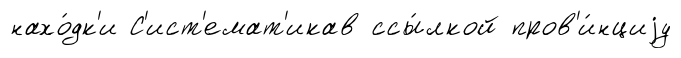
нахо́дк'и С'ист'емат'икав ссы́лкой пров'и́нциjу